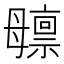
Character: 𬆸